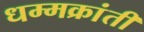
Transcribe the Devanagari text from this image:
धम्मक्रांती